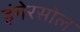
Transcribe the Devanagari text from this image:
इंगेरसोल